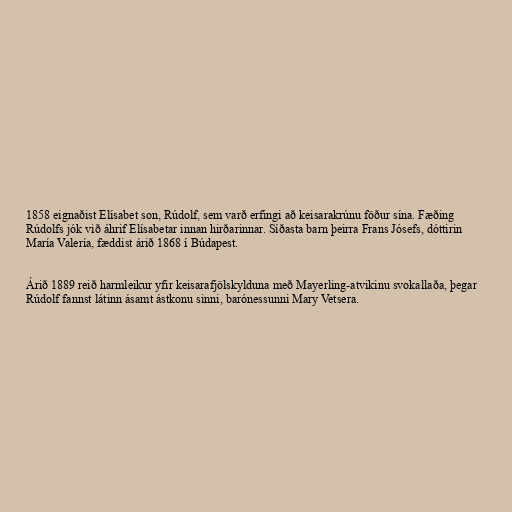
1858 eignaðist Elísabet son, Rúdolf, sem varð erfingi að keisarakrúnu föður sína. Fæðing
Rúdolfs jók við áhrif Elísabetar innan hirðarinnar. Síðasta barn þeirra Frans Jósefs, dóttirin
María Valería, fæddist árið 1868 í Búdapest.

Árið 1889 reið harmleikur yfir keisarafjölskylduna með Mayerling-atvikinu svokallaða, þegar
Rúdolf fannst látinn ásamt ástkonu sinni, barónessunni Mary Vetsera.